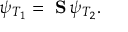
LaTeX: \psi _ { T _ { 1 } } = \mathrm { { \bf ~ S } } \, \psi _ { T _ { 2 } } .